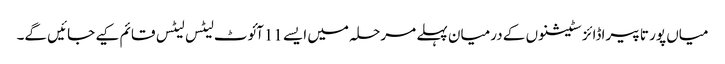
میاں پور تا پیراڈائز سٹیشنوں کے درمیان پہلے مرحلہ میں ایسے 11آئوٹ لیٹس لیٹس قائم کیے جائیں گے۔